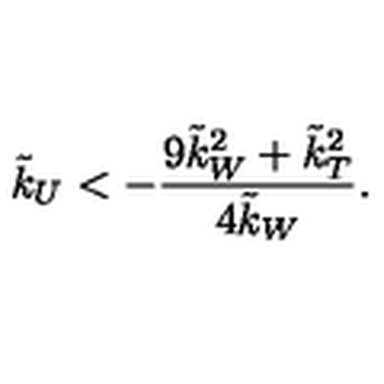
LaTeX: \tilde { k } _ { U } < - \frac { 9 \tilde { k } _ { W } ^ { 2 } + \tilde { k } _ { T } ^ { 2 } } { 4 \tilde { k } _ { W } } .